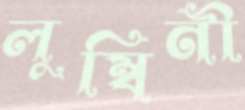
লুম্বিনী